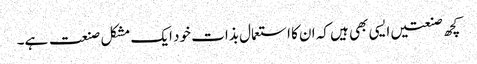
کچھ صنعتیں ایسی بھی ہیں کہ ان کا استعمال بذات خود ایک مشکل صنعت ہے۔